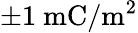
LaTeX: \pm 1~\mathrm{mC/m^{2}}